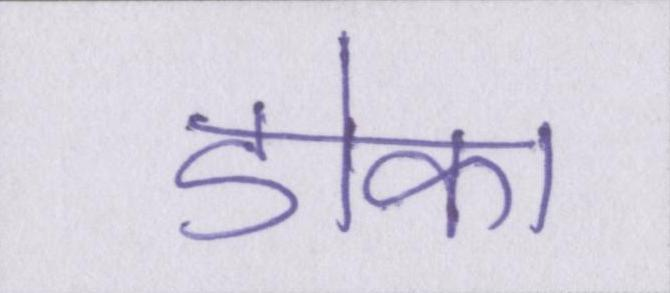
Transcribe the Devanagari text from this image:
डोका